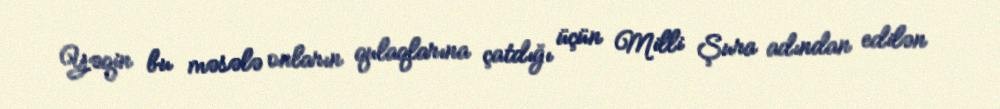
Yəqin bu məsələ onların qulaqlarına çatdığı üçün Milli Şura adından edilən